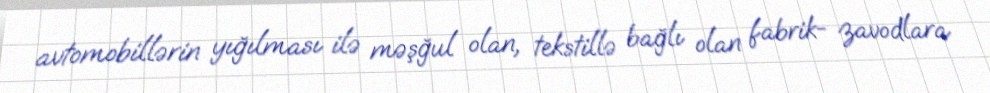
avtomobillərin yığılması ilə məşğul olan, tekstillə bağlı olan fabrik- zavodlara